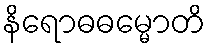
နိရောဓဓမ္မောတိ